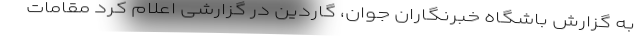
به گزارش باشگاه خبرنگاران جوان، گاردین در گزارشی اعلام کرد مقامات